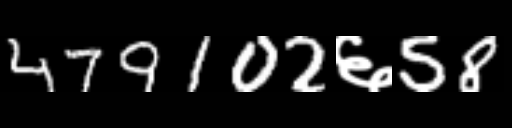
Text: 479102६58